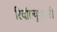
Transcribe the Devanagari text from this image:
रिवॉल्यूशनरी